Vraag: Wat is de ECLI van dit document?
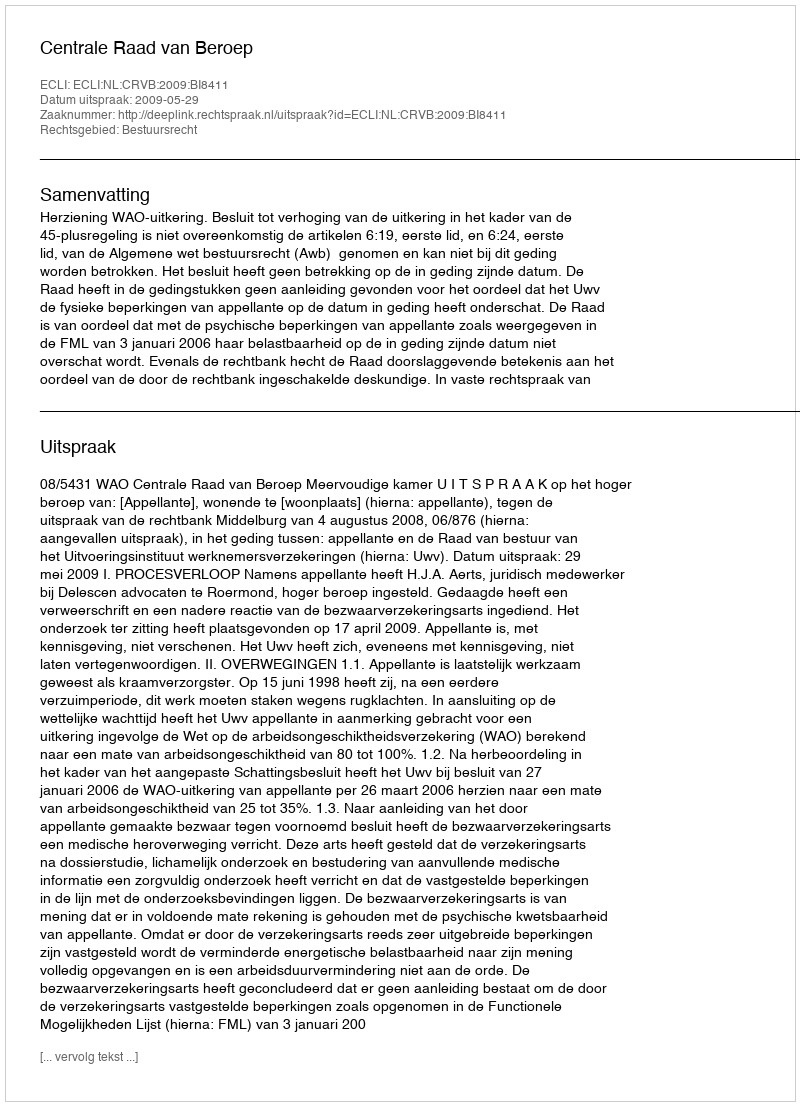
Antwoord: ECLI:NL:CRVB:2009:BI8411